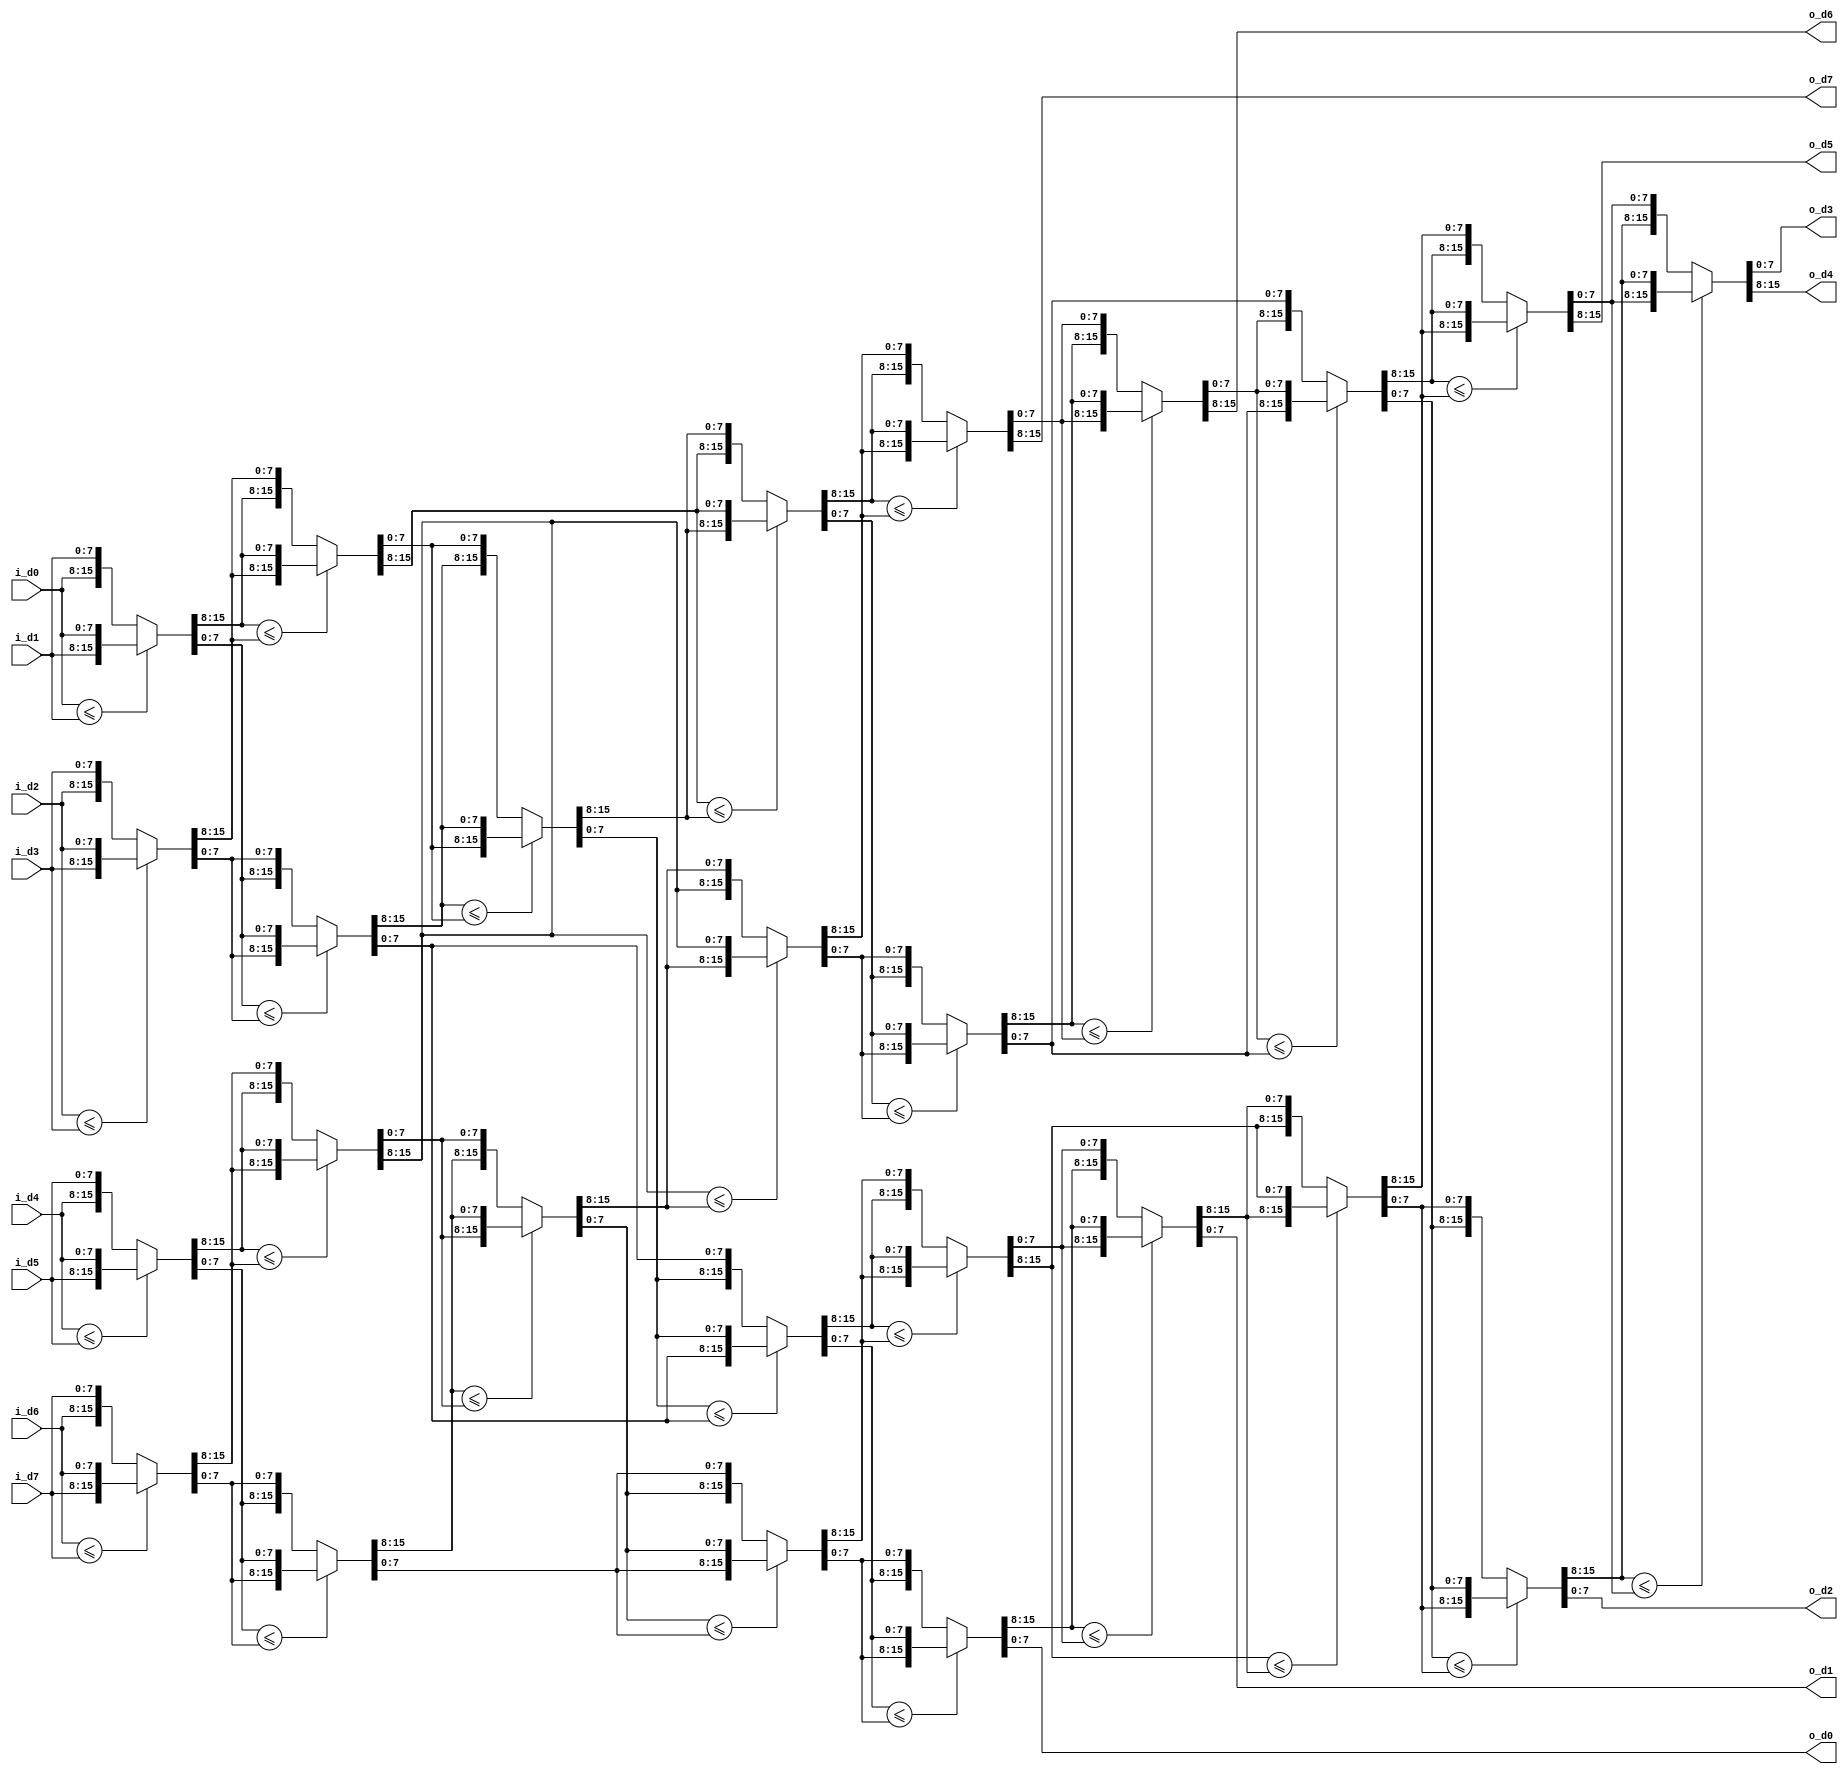
/*
//8
//8
//
*/
module sort8 #(
    parameter DW = 8
)(
    input       [DW-1:0]    i_d0,
    input       [DW-1:0]    i_d1,
    input       [DW-1:0]    i_d2,
    input       [DW-1:0]    i_d3,
    input       [DW-1:0]    i_d4,
    input       [DW-1:0]    i_d5,
    input       [DW-1:0]    i_d6,
    input       [DW-1:0]    i_d7,

    output reg  [DW-1:0]    o_d0,
    output reg  [DW-1:0]    o_d1,
    output reg  [DW-1:0]    o_d2,
    output reg  [DW-1:0]    o_d3,
    output reg  [DW-1:0]    o_d4,
    output reg  [DW-1:0]    o_d5,
    output reg  [DW-1:0]    o_d6,
    output reg  [DW-1:0]    o_d7
);

function [DW*2-1:0] max;
    input [DW-1:0]  data0;
    input [DW-1:0]  data1;
    begin
        max = data0 <= data1 ? {data1, data0} : {data0, data1};
    end
endfunction

function [DW*4-1:0] max_4;
    input   [DW-1:0] d0;
    input   [DW-1:0] d1;
    input   [DW-1:0] d2;
    input   [DW-1:0] d3;

    reg     [DW-1:0] r0;
    reg     [DW-1:0] r1;
    reg     [DW-1:0] r2;
    reg     [DW-1:0] r3;
    reg     [DW-1:0] r4;
    reg     [DW-1:0] r5;
    reg     [DW-1:0] r6;
    reg     [DW-1:0] r7;
    reg     [DW-1:0] r8;
    reg     [DW-1:0] r9;

    begin
        {r0,r1} = max(d0,d1);
        {r2,r3} = max(d2,d3);
        {r4,r5} = max(r0,r2);
        {r6,r7} = max(r1,r3);
        {r8,r9} = max(r6,r5);
        max_4 = {r4, r8, r9, r7};
    end
endfunction

// reg [DW*4-1:0]  max_4_r;
// always @(*) begin
//     max_4_r = max_4(i_d0, i_d1, i_d2, i_d3);
// end

// assign o_d0 = max_4_r[ 7: 0];
// assign o_d1 = max_4_r[15: 8];
// assign o_d2 = max_4_r[23:16];
// assign o_d3 = max_4_r[31:24];

//8
reg [DW-1:0] m0, m1, m2, m3, m4, m5, m6, m7, m8, m9;
reg [DW-1:0] m10, m11, m12, m13, m14, m15, m16, m17, m18, m19;

always @(*) begin
    {m0, m1, m2, m3} = max_4 (i_d0, i_d1, i_d2, i_d3);
    {m4, m5, m6, m7} = max_4 (i_d4, i_d5, i_d6, i_d7);
    {m8, m9, m10, m11} = max_4 (m0, m1, m4, m5);
    {m12, m13, m14, m15} = max_4 (m2, m3, m6, m7);
    {m16, m17, m18, m19} = max_4 (m10, m11, m12, m13);

    o_d0 = m15;
    o_d1 = m14;
    o_d2 = m19;
    o_d3 = m18;
    o_d4 = m17;
    o_d5 = m16;
    o_d6 = m9;
    o_d7 = m8;
end

endmodule